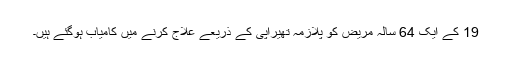
19 کے ایک 64 سالہ مریض کو پلازمہ تھیراپی کے ذریعے علاج کرنے میں کامیاب ہوگئے ہیں۔